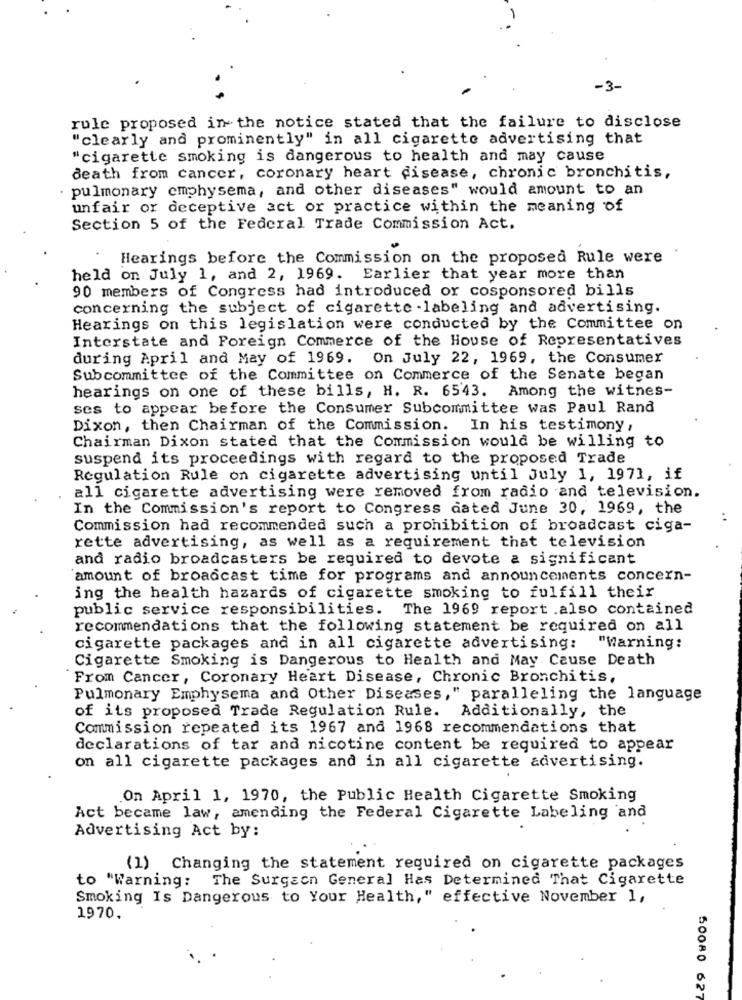
-3-
rule proposed in the notice stated that the failure to disclose
"clearly and prominently" in all cigarette advertising that
"cigarette smoking is dangerous to health and may cause
death from cancer, coronary heart disease, chronic bronchitis,
pulmonary emphysema, and other diseases" would amount to an
unfair or deceptive act or practice within the meaning of
Section 5 of the Federal Trade Commission Act.
Hearings before the Commission on the proposed Rule were
held on July 1, and 2, 1969. Earlier that year more than
90 members of Congress had introduced or cosponsored bills
concerning the subject of cigarette -labeling and advertising.
Hearings on this legislation were conducted by the Committee on
Interstate and Foreign Commerce of the House of Representatives
during April and May of 1969. On July 22, 1969, the Consumer
Subcommittee of the Committee on Commerce of the Senate began
hearings on one of these bills, H. R. 6543. Among the witnes-
ses to appear before the Consumer Subcommittee was Paul Rand
Dixon, then Chairman of the Commission. In his testimony,
Chairman Dixon stated that the Commission would be willing to
suspend its proceedings with regard to the proposed Trade
Regulation Rule on cigarette advertising until July 1, 1971, if
all cigarette advertising were removed from radio and television.
In the Commission's report to Congress dated June 30, 1969, the
. .
Commission had recommended such a prohibition of broadcast ciga-
rette advertising, as well as a requirement that television
and radio broadcasters be required to devote a significant
'amount of broadcast time for programs and announcements concern-
ing the health hazards of cigarette smoking to fulfill their
public service responsibilities. The 1969 report .also contained
recommendations that the following statement be required on all
cigarette packages and in all cigarette advertising:
"Warning:
Cigarette Smoking is Dangerous to Health and May Cause Death
From Cancer, Coronary Heart Disease, Chronic Bronchitis,
Pulmonary Emphysema and Other Diseases," paralleling the language
of its proposed Trade Regulation Rule. Additionally, the
Commission repeated its 1967 and 1968 recommendations that
declarations of tar and nicotine content be required to appear
on all cigarette packages and in all cigarette advertising.
On April 1, 1970, the Public Health Cigarette Smoking
Act became law, amending the Federal Cigarette Labeling and
Advertising Act by:
(1) Changing the statement required on cigarette packages
to "Warning: The Surgeon General Has Determined That Cigarette
Smoking Is Dangerous to Your Health," effective November 1,
1970.
50080 62